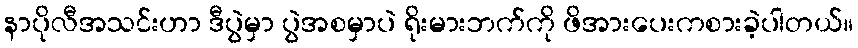
နာပိုလီအသင်းဟာ ဒီပွဲမှာ ပွဲအစမှာပဲ ရိုးမားဘက်ကို ဖိအားပေးကစားခဲ့ပါတယ်။